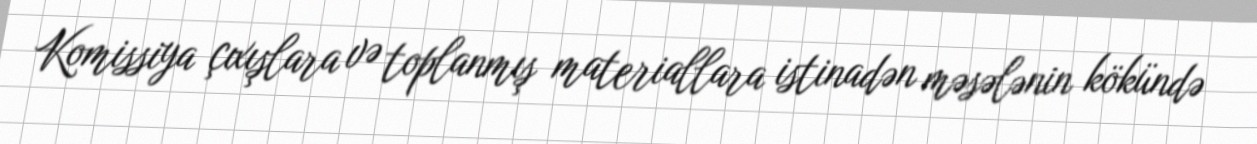
Komissiya çıxışlara və toplanmış materiallara istinadən məsələnin kökündə